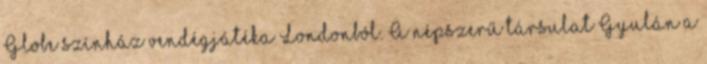
Globe színház vendégjátéka Londonból. A népszerű társulat Gyulán a